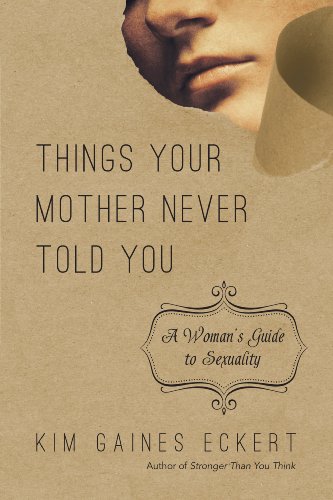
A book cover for Things Your Mother Never Told You: A Woman's Guide to Sexuality; Kim Gaines Eckert; Religion & Spirituality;